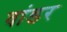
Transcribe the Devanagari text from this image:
वांडर